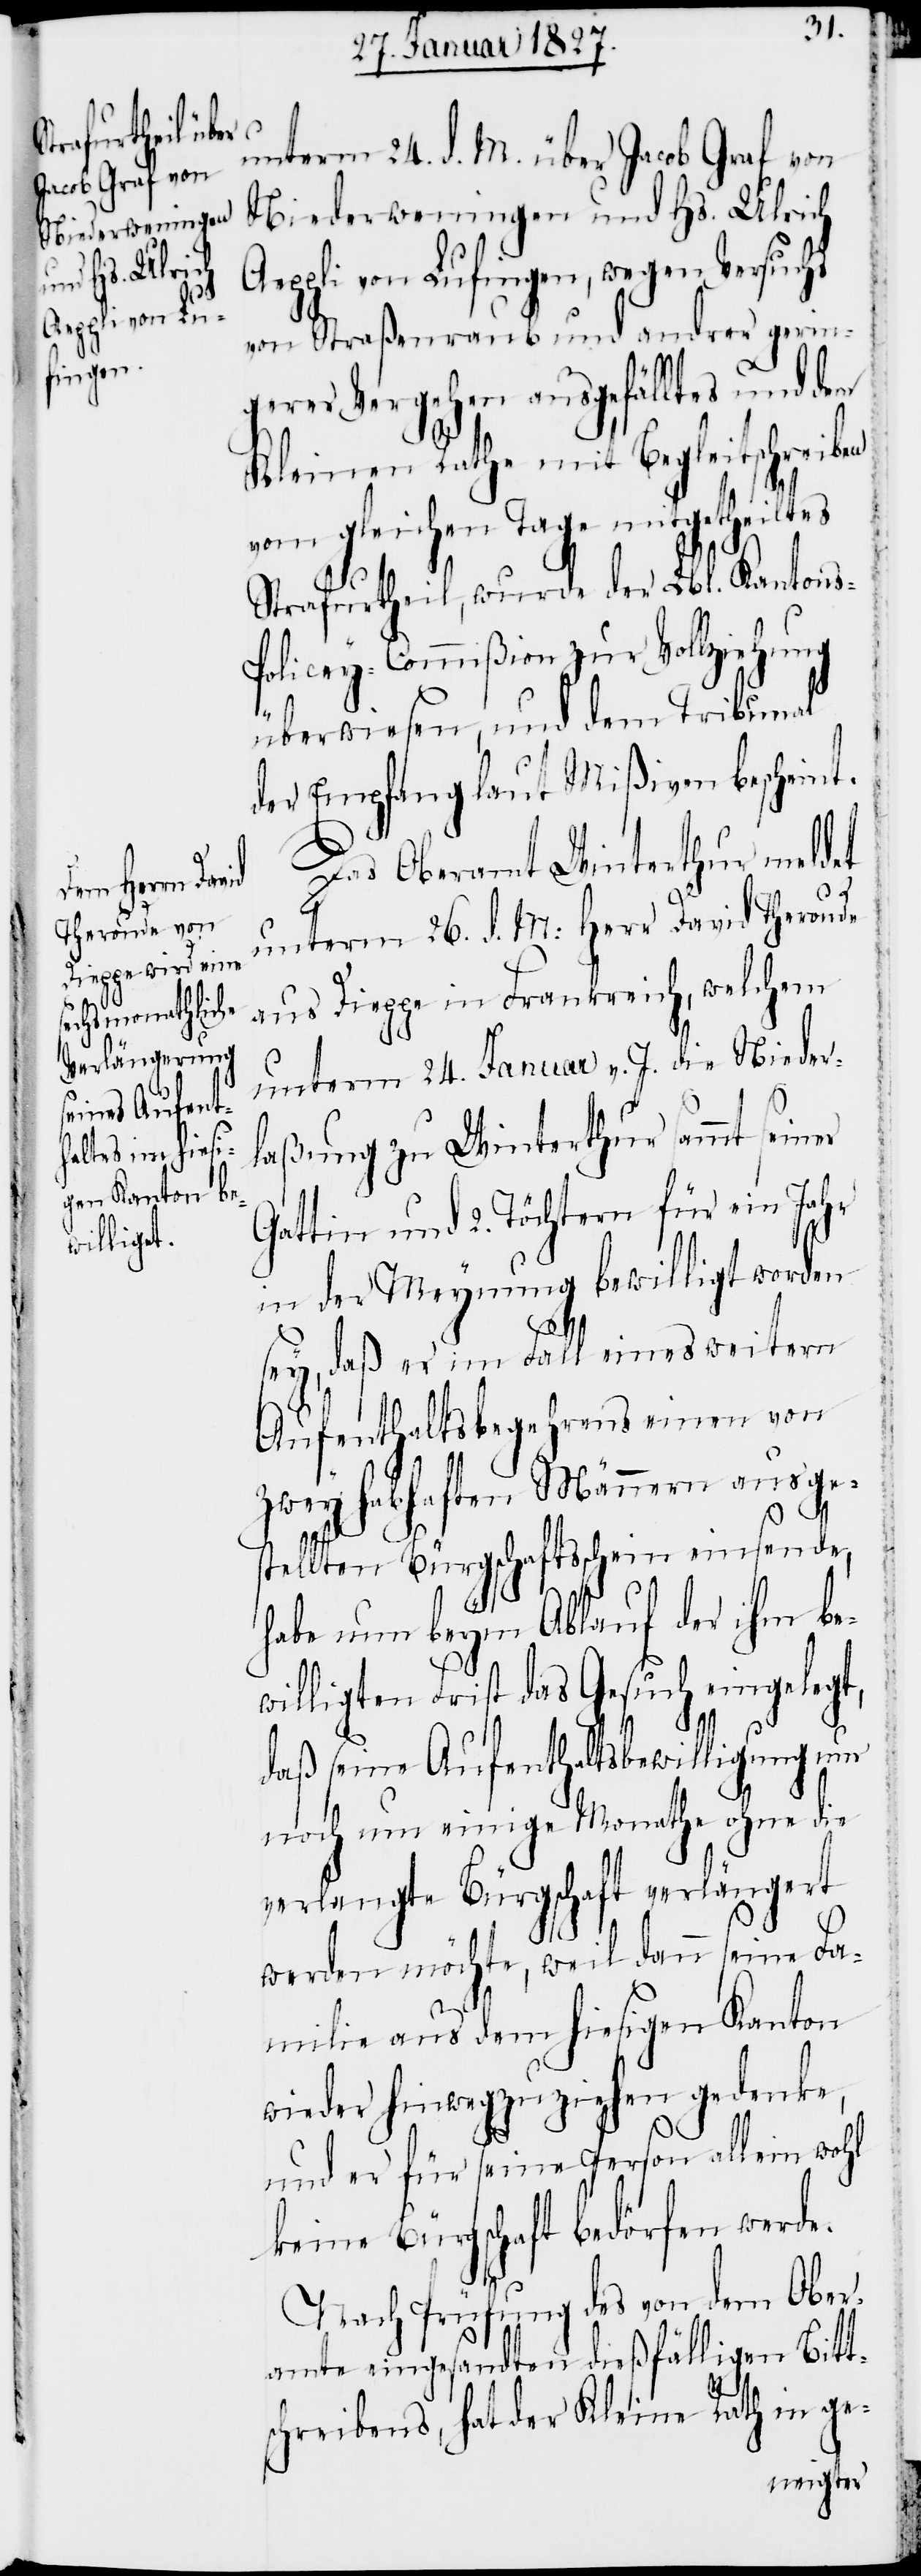
unterm 24. d. M. über Jacob Graf von
Niederweningen und Hs. Ulrich
Aeppli von Lufingen, wegen Versuchs
von Straßenraub und anderer gerin¬
gerer Vergehen ausgefälltes und dem
Kleinen Rathe mit Begleitschreiben
vom gleichen Tage mitgetheiltes
Strafurtheil, wurde der Lbl. Kantons-P¬
olicey-Commißion zur Vollziehung
überwiesen, und dem Tribunal
der Empfang laut Mißiven bescheint.
Das Oberamt Winterthur meldet
unterm 26. d. M: Herr David Theroude
aus Dieppe in Frankreich, welchem
unterm 24. Januar v. J. die Nieder¬
laßung zu Winterthur sammt seiner
Gattin und 2. Töchtern für ein Jahr
in der Meynung bewilligt worden
seyn, daß er im Fall eines weitern
Aufenthaltsbegehrens einen von
zwey habhaften Männern ausge¬
stellten Bürgschaftsschein einsende,
habe nun beym Ablauf der ihm be¬
willigten Frist das Gesuch eingelegt,
daß seine Aufenthaltsbewilligung nur
noch um einige Monathe ohne die
verlangte Bürgschaft verlängert
werden möchte, weil dann seine Fa¬
milie aus dem hiesigen Kanton
wieder hinwegzuziehen gedenke,
und er für seine Person allein wohl
keine Bürgschaft bedörfen werde.
Nach Prüfung des von dem Ober¬
amte eingesandten dießfälligen Bitt¬
schreibens, hat der Kleine Rath in ge-